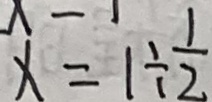
x = 1 \div \frac { 1 } { 2 }